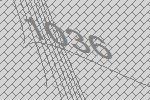
1036